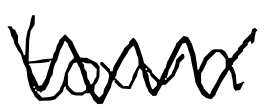
Text: town
Cross-out: mix
Writing tool: digital_black